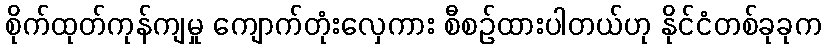
စိုက်ထုတ်ကုန်ကျမှု ကျောက်တုံးလှေကား စီစဉ်ထားပါတယ်ဟု နိုင်ငံတစ်ခုခုက